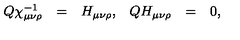
\begin{array} { r c l r c l } { Q \chi _ { \mu \nu \rho } ^ { - 1 } } & { = } & { H _ { \mu \nu \rho } , } & { Q H _ { \mu \nu \rho } } & { = } & { 0 , } \\ \end{array}